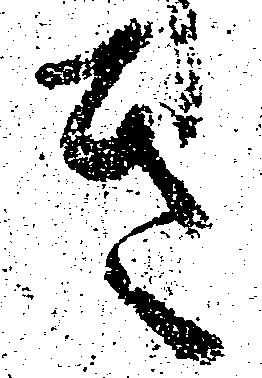
き